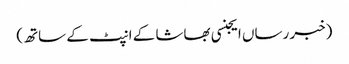
(خبر رساں ایجنسی بھاشا کے انپٹ کے ساتھ)